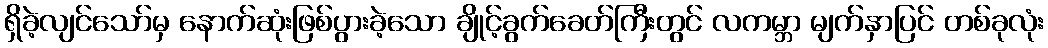
ရှိခဲ့လျင်သော်မှ နောက်ဆုံးဖြစ်ပွားခဲ့သော ချိုင့်ခွက်ခေတ်ကြီးတွင် လကမ္ဘာ မျက်နှာပြင် တစ်ခုလုံး